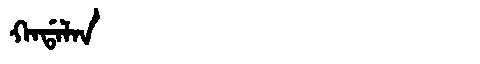
Manchu: ᡴᠠᡩᠠᠯᠠᠨ
Romanization: KADALAN